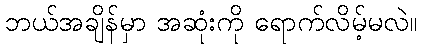
ဘယ်အချိန်မှာ အဆုံးကို ရောက်လိမ့်မလဲ။